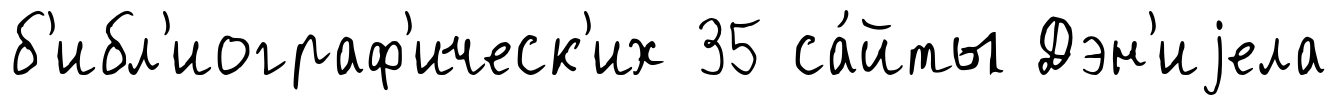
б'ибл'иограф'ическ'их 35 са́йты Дэн'иjела